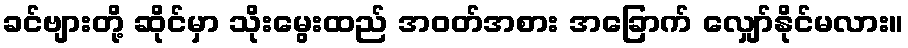
ခင်ဗျားတို့ ဆိုင်မှာ သိုးမွေးထည် အဝတ်အစား အခြောက် လျှော်နိုင်မလား။